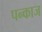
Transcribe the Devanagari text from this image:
पन्काज